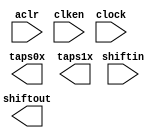
// This program was cloned from: https://github.com/cxdzyq1110/posture_recognition_CNN
// License: GNU General Public License v3.0

// megafunction wizard: %Shift register (RAM-based)%VBB%
// GENERATION: STANDARD
// VERSION: WM1.0
// MODULE: ALTSHIFT_TAPS 

// ============================================================
// Megafunction Name(s):
// 			ALTSHIFT_TAPS
//
// Simulation Library Files(s):
// 			altera_mf
// ============================================================
// ************************************************************
// THIS IS A WIZARD-GENERATED FILE. DO NOT EDIT THIS FILE!
//
// 14.0.0 Build 200 06/17/2014 SJ Full Version
// ************************************************************

//Copyright (C) 1991-2014 Altera Corporation. All rights reserved.
//Your use of Altera Corporation's design tools, logic functions 
//and other software and tools, and its AMPP partner logic 
//functions, and any output files from any of the foregoing 
//(including device programming or simulation files), and any 
//associated documentation or information are expressly subject 
//to the terms and conditions of the Altera Program License 
//Subscription Agreement, the Altera Quartus II License Agreement,
//the Altera MegaCore Function License Agreement, or other 
//applicable license agreement, including, without limitation, 
//that your use is for the sole purpose of programming logic 
//devices manufactured by Altera and sold by Altera or its 
//authorized distributors.  Please refer to the applicable 
//agreement for further details.

module line_buf_800pts_2lines (
	aclr,
	clken,
	clock,
	shiftin,
	shiftout,
	taps0x,
	taps1x);

	input	  aclr;
	input	  clken;
	input	  clock;
	input	[8:0]  shiftin;
	output	[8:0]  shiftout;
	output	[8:0]  taps0x;
	output	[8:0]  taps1x;
`ifndef ALTERA_RESERVED_QIS
// synopsys translate_off
`endif
	tri1	  aclr;
	tri1	  clken;
`ifndef ALTERA_RESERVED_QIS
// synopsys translate_on
`endif

endmodule

// ============================================================
// CNX file retrieval info
// ============================================================
// Retrieval info: PRIVATE: ACLR NUMERIC "1"
// Retrieval info: PRIVATE: CLKEN NUMERIC "1"
// Retrieval info: PRIVATE: GROUP_TAPS NUMERIC "1"
// Retrieval info: PRIVATE: INTENDED_DEVICE_FAMILY STRING "Cyclone V"
// Retrieval info: PRIVATE: NUMBER_OF_TAPS NUMERIC "2"
// Retrieval info: PRIVATE: RAM_BLOCK_TYPE NUMERIC "1"
// Retrieval info: PRIVATE: SYNTH_WRAPPER_GEN_POSTFIX STRING "0"
// Retrieval info: PRIVATE: TAP_DISTANCE NUMERIC "800"
// Retrieval info: PRIVATE: WIDTH NUMERIC "9"
// Retrieval info: LIBRARY: altera_mf altera_mf.altera_mf_components.all
// Retrieval info: CONSTANT: INTENDED_DEVICE_FAMILY STRING "Cyclone V"
// Retrieval info: CONSTANT: LPM_HINT STRING "RAM_BLOCK_TYPE=M10K"
// Retrieval info: CONSTANT: LPM_TYPE STRING "altshift_taps"
// Retrieval info: CONSTANT: NUMBER_OF_TAPS NUMERIC "2"
// Retrieval info: CONSTANT: TAP_DISTANCE NUMERIC "800"
// Retrieval info: CONSTANT: WIDTH NUMERIC "9"
// Retrieval info: USED_PORT: aclr 0 0 0 0 INPUT VCC "aclr"
// Retrieval info: USED_PORT: clken 0 0 0 0 INPUT VCC "clken"
// Retrieval info: USED_PORT: clock 0 0 0 0 INPUT NODEFVAL "clock"
// Retrieval info: USED_PORT: shiftin 0 0 9 0 INPUT NODEFVAL "shiftin[8..0]"
// Retrieval info: USED_PORT: shiftout 0 0 9 0 OUTPUT NODEFVAL "shiftout[8..0]"
// Retrieval info: USED_PORT: taps0x 0 0 9 0 OUTPUT NODEFVAL "taps0x[8..0]"
// Retrieval info: USED_PORT: taps1x 0 0 9 0 OUTPUT NODEFVAL "taps1x[8..0]"
// Retrieval info: CONNECT: @aclr 0 0 0 0 aclr 0 0 0 0
// Retrieval info: CONNECT: @clken 0 0 0 0 clken 0 0 0 0
// Retrieval info: CONNECT: @clock 0 0 0 0 clock 0 0 0 0
// Retrieval info: CONNECT: @shiftin 0 0 9 0 shiftin 0 0 9 0
// Retrieval info: CONNECT: shiftout 0 0 9 0 @shiftout 0 0 9 0
// Retrieval info: CONNECT: taps0x 0 0 9 0 @taps 0 0 9 0
// Retrieval info: CONNECT: taps1x 0 0 9 0 @taps 0 0 9 9
// Retrieval info: GEN_FILE: TYPE_NORMAL line_buf_800pts_2lines.v TRUE
// Retrieval info: GEN_FILE: TYPE_NORMAL line_buf_800pts_2lines.inc FALSE
// Retrieval info: GEN_FILE: TYPE_NORMAL line_buf_800pts_2lines.cmp FALSE
// Retrieval info: GEN_FILE: TYPE_NORMAL line_buf_800pts_2lines.bsf FALSE
// Retrieval info: GEN_FILE: TYPE_NORMAL line_buf_800pts_2lines_inst.v FALSE
// Retrieval info: GEN_FILE: TYPE_NORMAL line_buf_800pts_2lines_bb.v TRUE
// Retrieval info: LIB_FILE: altera_mf